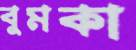
বুমকা